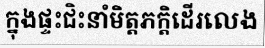
ក្នុងផ្ទះជិះនាំមិត្តភក្តិដើរលេង